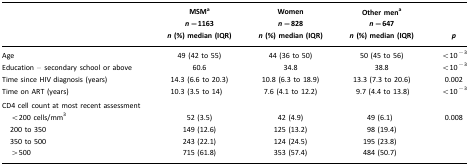
<table><thead><tr><td></td><td><b>MSMa<i>n</i>=1163<i>n</i> (%) median (IQR)</b></td><td><b>Women<i>n</i>=828<i>n</i> (%) median (IQR)</b></td><td><b>Other mena<i>n</i>=647<i>n</i> (%) median (IQR)</b></td><td><b><i>p</i></b></td></tr></thead><tbody><tr><td>Age</td><td>49 (42 to 55)</td><td>44 (36 to 50)</td><td>50 (45 to 56)</td><td>&lt;10<sup>−3</sup></td></tr><tr><td>Education – secondary school or above</td><td>60.6</td><td>34.8</td><td>38.8</td><td>&lt;10<sup>−3</sup></td></tr><tr><td>Time since HIV diagnosis (years)</td><td>14.3 (6.6 to 20.3)</td><td>10.8 (6.3 to 18.9)</td><td>13.3 (7.3 to 20.6)</td><td>0.002</td></tr><tr><td>Time on ART (years)</td><td>10.3 (3.5 to 14)</td><td>7.6 (4.1 to 12.2)</td><td>9.7 (4.4 to 13.8)</td><td>&lt;10<sup>−3</sup></td></tr><tr><td>CD4 cell count at most recent assessment</td><td></td><td></td><td></td><td></td></tr><tr><td> &lt;200 cells/mm<sup>3</sup></td><td>52 (3.5)</td><td>42 (4.9)</td><td>49 (6.1)</td><td>0.008</td></tr><tr><td> 200 to 350</td><td>149 (12.6)</td><td>125 (13.2)</td><td>98 (19.4)</td><td></td></tr><tr><td> 350 to 500</td><td>243 (22.1)</td><td>124 (24.5)</td><td>195 (23.8)</td><td></td></tr><tr><td> &gt;500</td><td>715 (61.8)</td><td>353 (57.4)</td><td>484 (50.7)</td><td></td></tr></tbody></table>